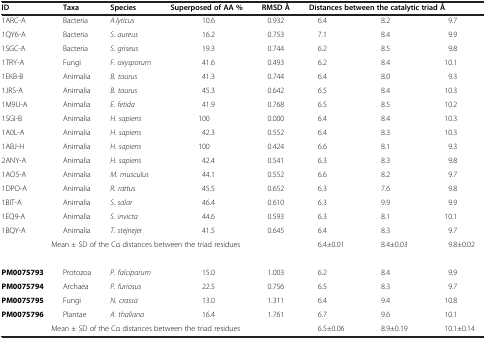
<table><thead><tr><td><b>ID</b></td><td><b>Taxa</b></td><td><b>Species</b></td><td><b>Superposed of AA %</b></td><td><b>RMSD Å</b></td><td colspan="3"><b>Distances between the catalytic triad Å</b></td></tr></thead><tbody><tr><td>1ARC-A</td><td>Bacteria</td><td><i>A.lyticus</i></td><td>10.6</td><td>0.932</td><td>6.4</td><td>8.2</td><td>9.7</td></tr><tr><td>1QY6-A</td><td>Bacteria</td><td><i>S. aureus</i></td><td>16.2</td><td>0.753</td><td>7.1</td><td>8.4</td><td>9.9</td></tr><tr><td>1SGC-A</td><td>Bacteria</td><td><i>S. griseus</i></td><td>19.3</td><td>0.744</td><td>6.2</td><td>8.5</td><td>9.8</td></tr><tr><td>1TRY-A</td><td>Fungi</td><td><i>F. oxysporum</i></td><td>41.6</td><td>0.493</td><td>6.2</td><td>8.4</td><td>10.1</td></tr><tr><td>1EKB-B</td><td>Animalia</td><td><i>B. taurus</i></td><td>41.3</td><td>0.744</td><td>6.4</td><td>8.0</td><td>9.3</td></tr><tr><td>1JRS-A</td><td>Animalia</td><td><i>B. taurus</i></td><td>45.3</td><td>0.642</td><td>6.5</td><td>8.4</td><td>10.3</td></tr><tr><td>1M9U-A</td><td>Animalia</td><td><i>E. fetida</i></td><td>41.9</td><td>0.768</td><td>6.5</td><td>8.5</td><td>10.2</td></tr><tr><td>1SGI-B</td><td>Animalia</td><td><i>H. sapiens</i></td><td>100</td><td>0.000</td><td>6.4</td><td>8.4</td><td>10.3</td></tr><tr><td>1A0L-A</td><td>Animalia</td><td><i>H. sapiens</i></td><td>42.3</td><td>0.552</td><td>6.4</td><td>8.3</td><td>10.3</td></tr><tr><td>1ABJ-H</td><td>Animalia</td><td><i>H. sapiens</i></td><td>100</td><td>0.424</td><td>6.6</td><td>8.1</td><td>9.3</td></tr><tr><td>2ANY-A</td><td>Animalia</td><td><i>H. sapiens</i></td><td>42.4</td><td>0.541</td><td>6.3</td><td>8.3</td><td>9.8</td></tr><tr><td>1AO5-A</td><td>Animalia</td><td><i>M. musculus</i></td><td>44.1</td><td>0.552</td><td>6.6</td><td>8.2</td><td>9.7</td></tr><tr><td>1DPO-A</td><td>Animalia</td><td><i>R. rattus</i></td><td>45.5</td><td>0.652</td><td>6.3</td><td>7.6</td><td>9.8</td></tr><tr><td>1BIT-A</td><td>Animalia</td><td><i>S. salar</i></td><td>46.4</td><td>0.610</td><td>6.3</td><td>9.9</td><td>9.9</td></tr><tr><td>1EQ9-A</td><td>Animalia</td><td><i>S. invicta</i></td><td>44.6</td><td>0.593</td><td>6.3</td><td>8.1</td><td>10.1</td></tr><tr><td>1BQY-A</td><td>Animalia</td><td><i>T. stejnejer</i></td><td>41.5</td><td>0.645</td><td>6.4</td><td>8.3</td><td>9.7</td></tr><tr><td colspan="5">Mean ± SD of the Cα distances between the triad residues</td><td>6.4±0.01</td><td>8.4±0.03</td><td>9.8±0.02</td></tr><tr><td> </td><td> </td><td> </td><td> </td><td> </td><td> </td><td> </td><td> </td></tr><tr><td><b>PM0075793</b></td><td>Protozoa</td><td><i>P. falciparum</i></td><td>15.0</td><td>1.003</td><td>6.2</td><td>8.4</td><td>9.9</td></tr><tr><td><b>PM0075794</b></td><td>Archaea</td><td><i>P. furiosus</i></td><td>22.5</td><td>0.756</td><td>6.5</td><td>8.3</td><td>9.7</td></tr><tr><td><b>PM0075795</b></td><td>Fungi</td><td><i>N. crassa</i></td><td>13.0</td><td>1.311</td><td>6.4</td><td>9.4</td><td>10.8</td></tr><tr><td><b>PM0075796</b></td><td>Plantae</td><td><i>A. thaliana</i></td><td>16.4</td><td>1.761</td><td>6.7</td><td>9.6</td><td>10.1</td></tr><tr><td colspan="5">Mean ± SD of the Cα distances between the triad residues</td><td>6.5±0.06</td><td>8.9±0.19</td><td>10.1±0.14</td></tr></tbody></table>